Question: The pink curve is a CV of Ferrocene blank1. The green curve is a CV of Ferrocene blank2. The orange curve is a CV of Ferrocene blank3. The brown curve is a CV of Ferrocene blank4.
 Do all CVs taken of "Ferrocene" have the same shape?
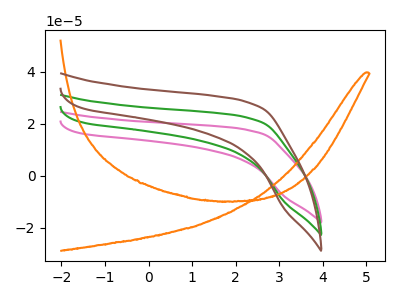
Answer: <think>The pink curve "Ferrocene blank1" has no peaks. The green curve "Ferrocene blank2" has no peaks. The orange curve "Ferrocene blank3" has no peaks. The brown curve "Ferrocene blank4" has no peaks.
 Neither "Ferrocene blank1" or "Ferrocene blank2" have any peaks. Neither "Ferrocene blank1" or "Ferrocene blank3" have any peaks. Neither "Ferrocene blank1" or "Ferrocene blank4" have any peaks. Neither "Ferrocene blank2" or "Ferrocene blank3" have any peaks. Neither "Ferrocene blank2" or "Ferrocene blank4" have any peaks. Neither "Ferrocene blank3" or "Ferrocene blank4" have any peaks.</think>
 <answer>All the CV's of "Ferrocene" have similar shape.</answer>
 <eval>follow_rule</eval>